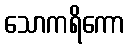
သောကရိကော